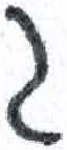
אות: ג